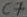
Text: C7